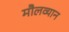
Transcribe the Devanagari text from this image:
मौलव्यान